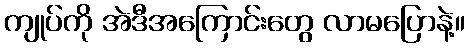
ကျုပ်ကို အဲဒီအကြောင်းတွေ လာမပြောနဲ့။